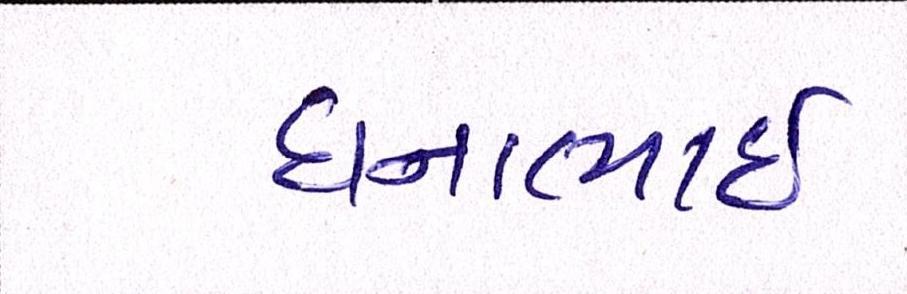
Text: ધનાભાઇ